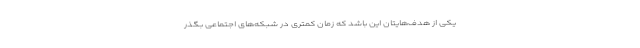
یکی از هدف‌هایتان این باشد که زمان کمتری در شبکه‌های اجتماعی بگذر